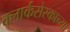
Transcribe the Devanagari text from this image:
क्लार्कसेस्काच्या